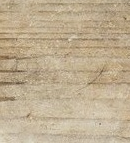
صيدلية الرياض